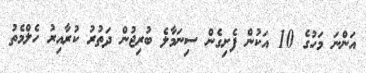
އަންނަ މަހުގެ 10 އަކުން ފެށިގެން ސިނަމާލެ ބުރިޖުން ދަތުރު ކުރާއިރު ހެލްމެތު